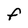
Character: F